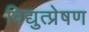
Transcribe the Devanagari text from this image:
विद्युत्प्रेषण